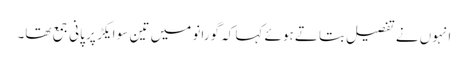
انہوں نے تفصیل بتاتے ہوئے کہا کہ گورانو میں تین سو ایکڑ پر پانی جمع تھا۔